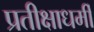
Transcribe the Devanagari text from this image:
प्रतीक्षाधर्मी